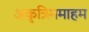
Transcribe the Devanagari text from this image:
अकृत्रिममाहम